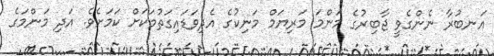
އަނބުރާ ނެންގެވީ ޖާބިރުގެ މަންމަ މަރިޔަމް މަނިކުގެ އެދިވަޑައިގަތުމަކަށް ކަމަށެވެ. އަދި މަންމަގެ